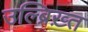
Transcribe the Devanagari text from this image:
उल्ब्रिख़्त